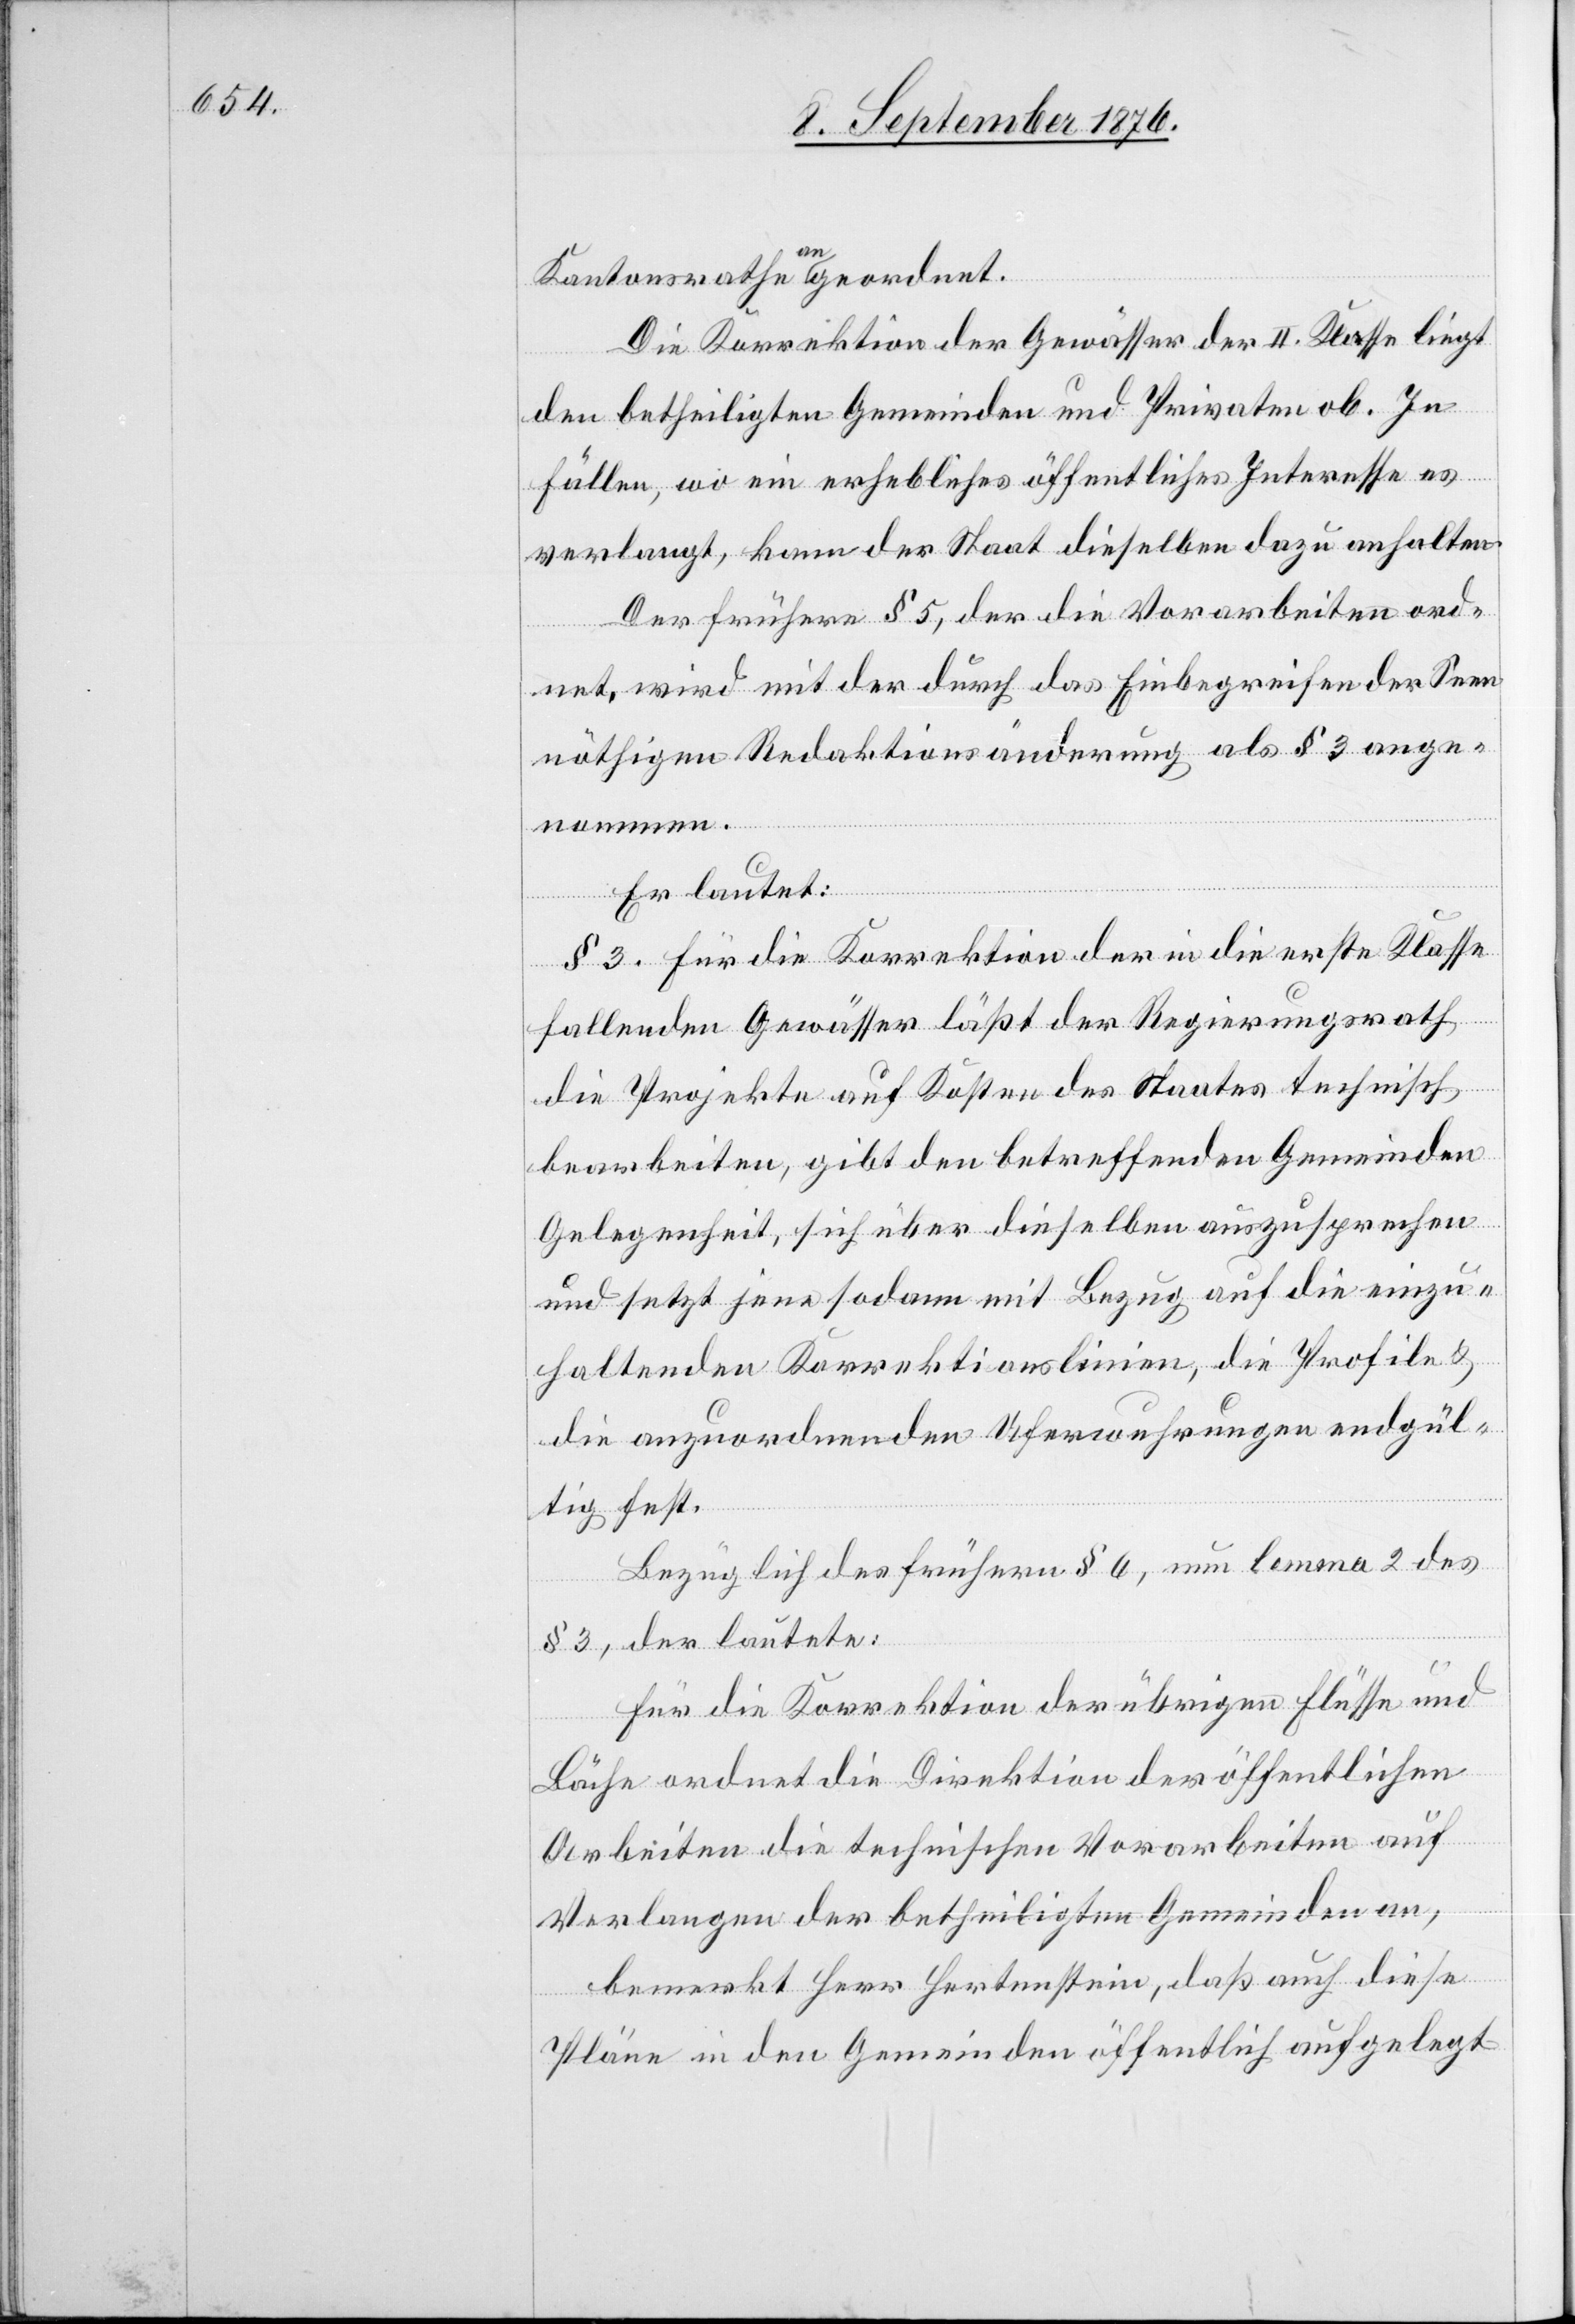
Kantonsrathe a an ageordnet.
Die Korrektion der Gewässer der II. Klasse liegt
den betheiligten Gemeinden und Privaten ob. In
Fällen, wo ein erhebliches öffentliches Interesse es
verlangt, kann der Staat dieselben dazu anhalten.
Der frühere § 5, der die Vorarbeiten ord¬
net, wird mit der durch das Einbegreifen der Seen
nöthigen Redaktionsänderungen als § 3 ange¬
nommen.
Er lautet:
§ 3. Für die Korrektion der in die erste Klasse
fallenden Gewässer läßt der Regierungsrath
die Projekte auf Kosten des Staates technisch
bearbeiten, gibt den betreffenden Gemeinden
Gelegenheit, sich über dieselben auszusprechen
und setzt jene sodann mit Bezug auf die einzu¬
haltenden Korrektionslinien, die Profile &
die anzuordnenden Uferwuhrungen endgül¬
tig fest.
Bezüglich des frühern § 6, neu lemma 2 des
§ 3, der lautete:
Für die Korrektion der übrigen Flüsse und
Bäche ordnet die Direktion der öffentlichen
Arbeiten die technischen Vorarbeiten auf
Verlangen der betheiligten Gemeinden an,
bemerkt Herr Hertenstein, daß auch diese
Pläne in den Gemeinden öffentlich aufgelegt